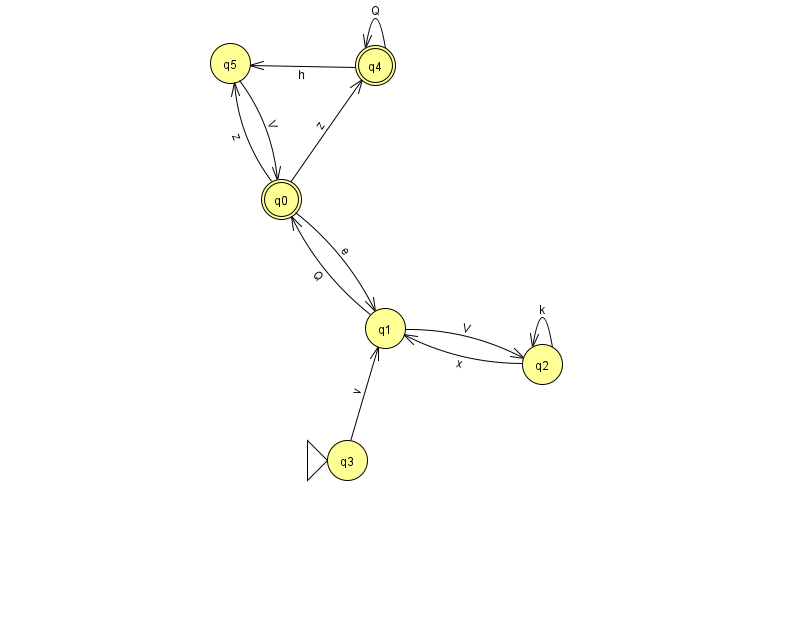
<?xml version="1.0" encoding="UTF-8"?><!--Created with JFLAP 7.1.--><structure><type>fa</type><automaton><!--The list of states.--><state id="0" name="q0"><x>281.0</x><y>186.0</y><final/></state><state id="1" name="q1"><x>385.0</x><y>315.0</y></state><state id="2" name="q2"><x>542.0</x><y>351.0</y></state><state id="3" name="q3"><x>347.0</x><y>447.0</y><initial/></state><state id="4" name="q4"><x>375.0</x><y>52.0</y><final/></state><state id="5" name="q5"><x>230.0</x><y>50.0</y></state><!--The list of transitions.--><transition><from>1</from><to>2</to><read>V</read></transition><transition><from>4</from><to>4</to><read>Q</read></transition><transition><from>0</from><to>5</to><read>z</read></transition><transition><from>0</from><to>4</to><read>z</read></transition><transition><from>0</from><to>1</to><read>e</read></transition><transition><from>2</from><to>2</to><read>k</read></transition><transition><from>4</from><to>5</to><read>h</read></transition><transition><from>3</from><to>1</to><read>v</read></transition><transition><from>1</from><to>0</to><read>Q</read></transition><transition><from>2</from><to>1</to><read>x</read></transition><transition><from>5</from><to>0</to><read>V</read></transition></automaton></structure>